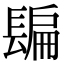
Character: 𨲜